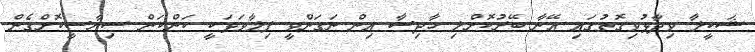
ޝަކީލާ ވިދާޅުވިގޮތުގައި އޭނާ ބޭރުކޮށްލި ހާދިސާ އިން ނަގަންވީ ފިލާވަޅަކީ ކަންކަން ސިޔާސީކޮށްގެން